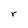
Character: r